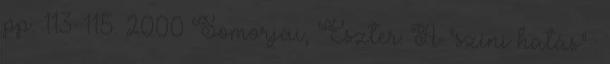
pp. 113-115. 2000 Somorjai, Eszter: A "színi hatás" :